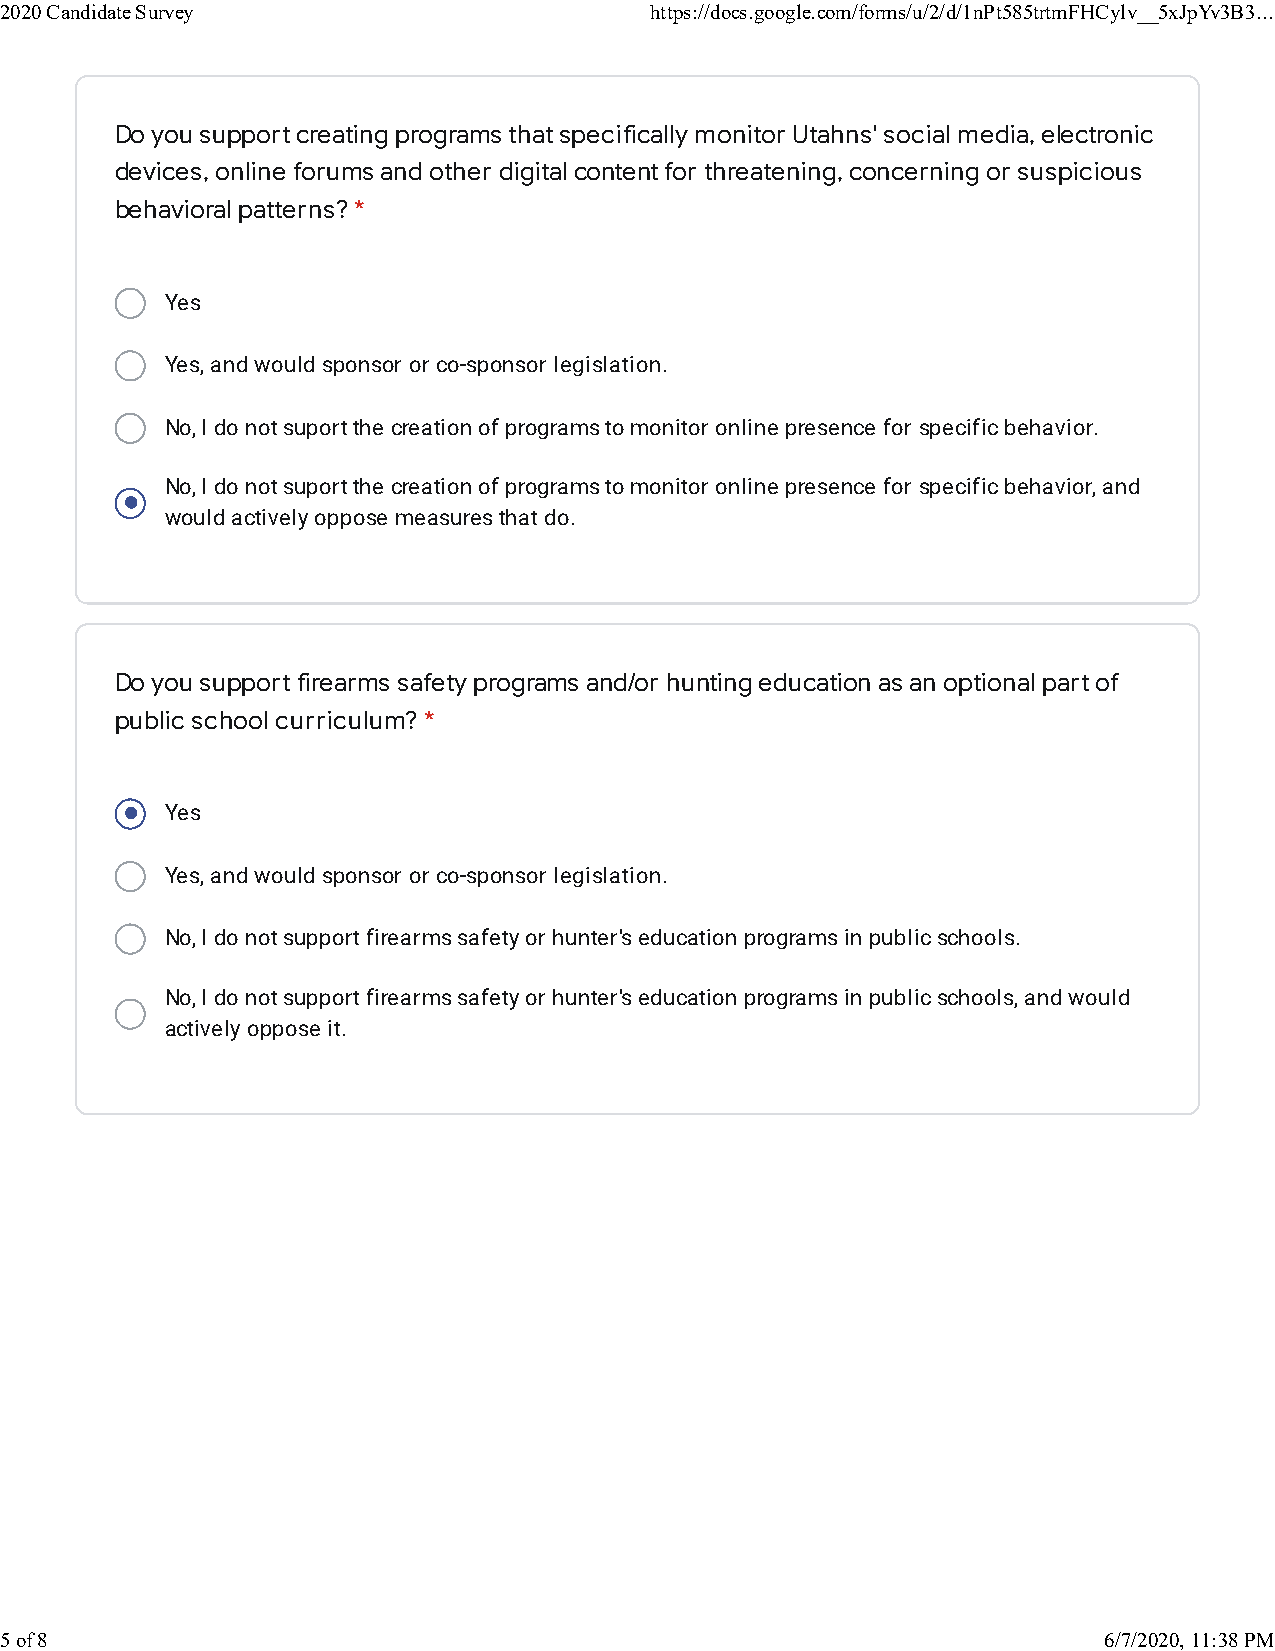
2020 Candidate Survey                      https://docs.google.com/forms/u/2/d/1nPt585trtmFHCylv__5xJpYv3B3...
 Do you support creating programs that specifically monitor Utahns' social media, electronic
 devices, online forums and other digital content for threatening, concerning or suspicious
 behavioral patterns? *
 Yes
 Yes, and would sponsor or co-sponsor legislation.
 No, I do not suport the creation of programs to monitor online presence for specific behavior.
 No, I do not suport the creation of programs to monitor online presence for specific behavior, and
 would actively oppose measures that do.
 Do you support firearms safety programs and/or hunting education as an optional part of
 public school curriculum? *
 Yes
 Yes, and would sponsor or co-sponsor legislation.
 No, I do not support firearms safety or hunter's education programs in public schools.
 No, I do not support firearms safety or hunter's education programs in public schools, and would
 actively oppose it.
 5 of 8                                                                   6/7/2020, 11:38 PM